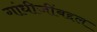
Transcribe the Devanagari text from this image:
गांधीजींबद्दल